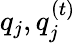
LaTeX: {q_{j}},q_{j}^{(t)}